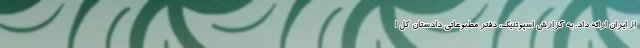
از ایران ارائه داد. به گزارش اسپوتنیک، دفتر مطبوعاتی دادستان کل ا